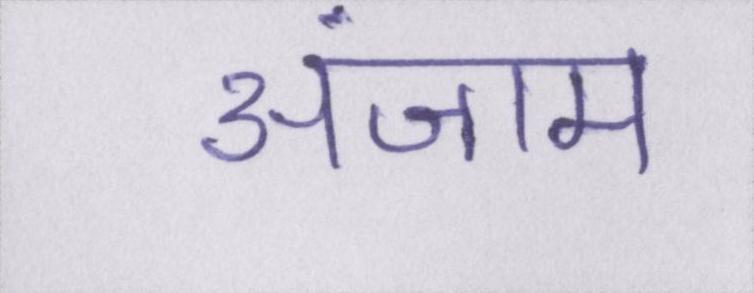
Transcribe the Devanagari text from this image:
अंजाम